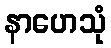
နာဟေသုံ